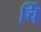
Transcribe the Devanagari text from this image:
र्चि